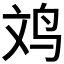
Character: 𪉃